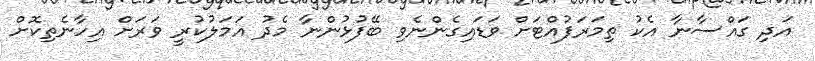
އަދި ގައްސާނާ އެކު ތިމަރަފުއްޓަށް ވަޑައިގެންނެވި ބޭފުޅުންނާ މެދު އަމަލުކުރީ ވަރަށް އިހާނެތިކޮށް